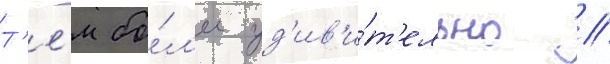
Т'е́м бо́л'ее уд'ив'и́т'ельно /